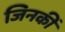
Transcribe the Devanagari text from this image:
जिनकीं